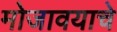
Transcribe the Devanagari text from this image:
मोजावयाचे